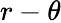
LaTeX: r-\theta